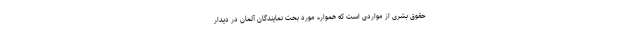
حقوق بشری از مواردی است که همواره مورد بحث نمایندگان آلمان در دیدار